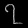
Digit: ၇